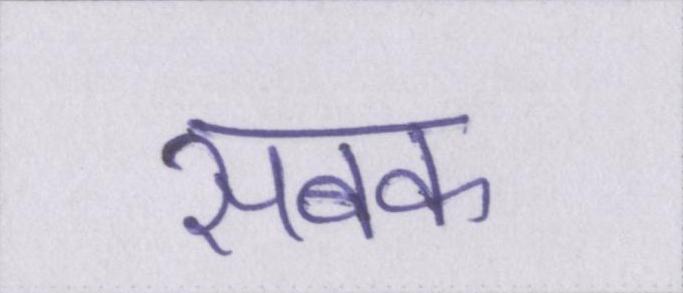
सबक